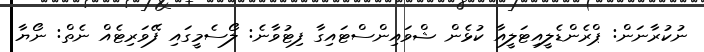
ނުކުރާނަން: ޕްރެންޑެލީއިޓަލީއާ ކުޅެން ޝްވައިންސްޓައިގާ ފިޓުވާނެ: ލޯސެމީގައި ފޭވަރިޓެއް ނެތް: ނޯޔާ